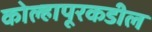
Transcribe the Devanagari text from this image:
कोल्हापूरकडील